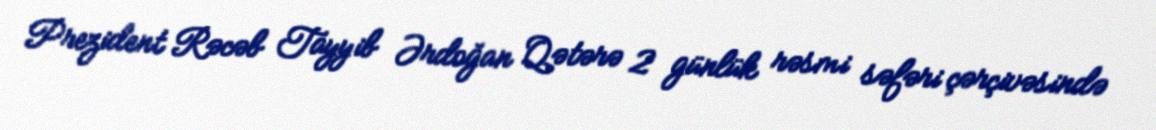
Prezident Rəcəb Tayyib Ərdoğan Qətərə 2 günlük rəsmi səfəri çərçivəsində